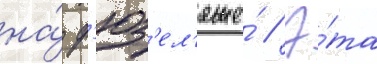
на́ ф'юз'ел'яже́ // Э́та